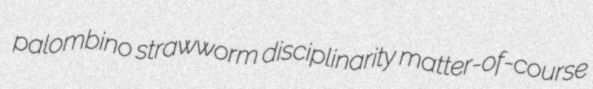
palombino strawworm disciplinarity matter-of-course